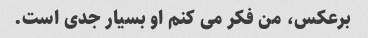
برعکس، من فکر می کنم او بسیار جدی است.